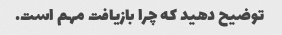
توضیح دهید که چرا بازیافت مهم است.